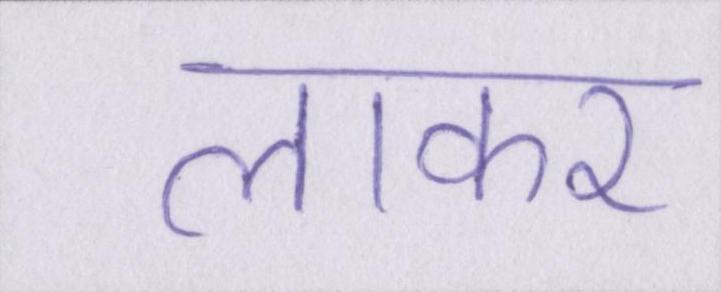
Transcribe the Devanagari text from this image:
लाकर